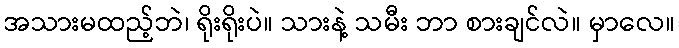
အသားမထည့်ဘဲ၊ ရိုးရိုးပဲ။ သားနဲ့ သမီး ဘာ စားချင်လဲ။ မှာလေ။